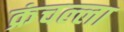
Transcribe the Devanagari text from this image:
क्रंचल्ला